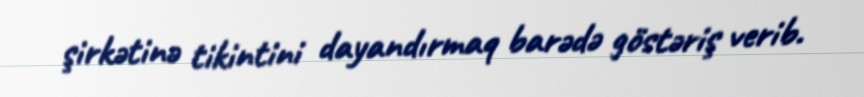
şirkətinə tikintini dayandırmaq barədə göstəriş verib.